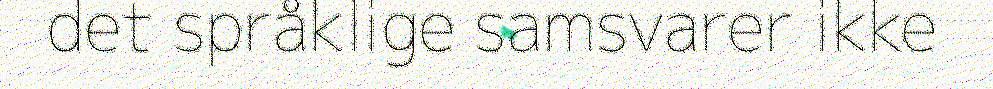
det språklige samsvarer ikke